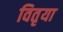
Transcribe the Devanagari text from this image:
वितृया